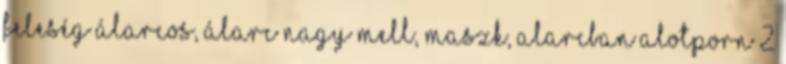
Feleség Álarcos, Álarc Nagy Mell, Maszk, Alarcban AlotPorn 2